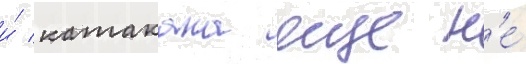
и́ катакана еще н'е́